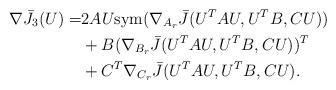
LaTeX: \begin{align*}\nabla \bar{J_3}(U) =& 2 A U {\rm sym}(\nabla_{A_r} \bar{J}(U^TAU, U^TB, CU)) \\&+ B(\nabla_{B_r} \bar{J}(U^TAU, U^TB, CU))^T \\&+ C^T\nabla_{C_r} \bar{J}(U^TAU, U^TB, CU).\end{align*}